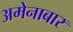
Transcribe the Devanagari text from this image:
अमेनाबार